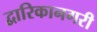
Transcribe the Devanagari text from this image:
द्वारिकानगरी